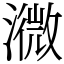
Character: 㵟